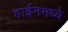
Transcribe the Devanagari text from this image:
हाईनमध्ये